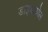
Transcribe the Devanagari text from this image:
डाइथायोल